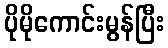
ပိုမိုကောင်းမွန်ပြီး